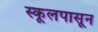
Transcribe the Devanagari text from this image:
स्कूलपासून